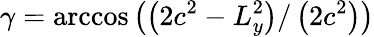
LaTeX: \gamma=\operatorname{arccos}\left(\left(2c^{2}-L_{y}^{2}\right)/\left(2c^{2}\right)\right)